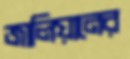
জালিয়ানের